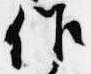
作